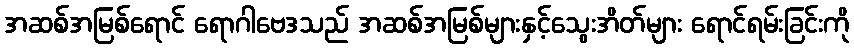
အဆစ်အမြစ်ရောင် ရောဂါဗေဒသည် အဆစ်အမြစ်များနှင့်သွေးအိတ်များ ရောင်ရမ်းခြင်းကို